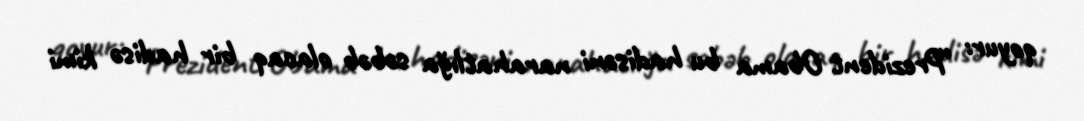
qoyur: “Prezident Obama bu hadisəni narahatlığa səbəb olacaq bir hadisə kimi